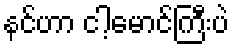
နင်ဟာ ငါ့မောင်ကြီးပဲ